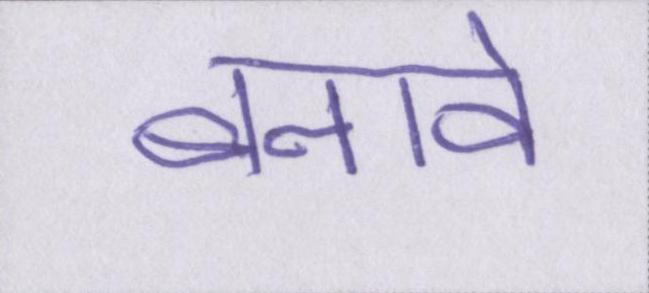
बनावे